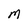
Character: M